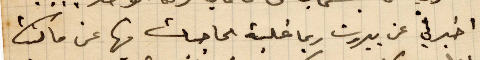
اخبرني عن بيروت ربما غلية الحاجات فيها عن ما كانت